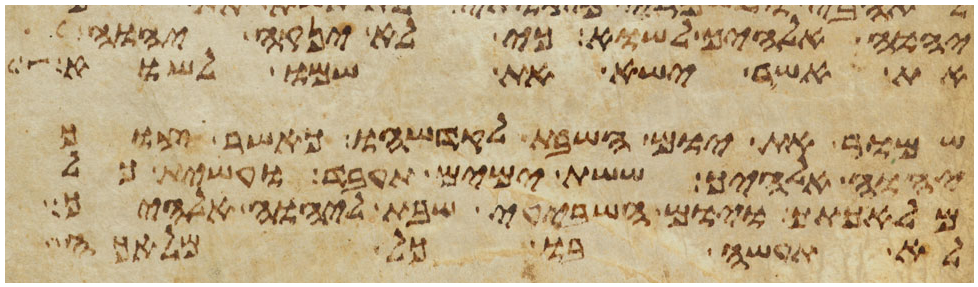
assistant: יהוה אלהיך לשוא כי לא ינקה יהוה
את אשר ישא את שמו לשוא
שמור את יום השבת לקדשהו כאשר צוך
יהוה אלהיך ששת ימים תעבד ועשית כל
מלאכתך ויום השביעי שבת ליהוה אלהיך
לא תעשה בו כל מלאכה